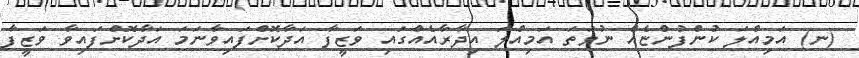
(ނ) އަމިއްލަ ކުންފުންޏެއް ނުވަތަ އަމިއްލަ އިދާރާއެއްގައި ވަޒީފާ އަދާކޮށްފައިވާނަމަ އަދާކޮށްފައިވާ ވަޒީފާ